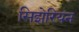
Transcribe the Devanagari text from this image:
सिझेरियन